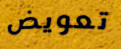
تعويض